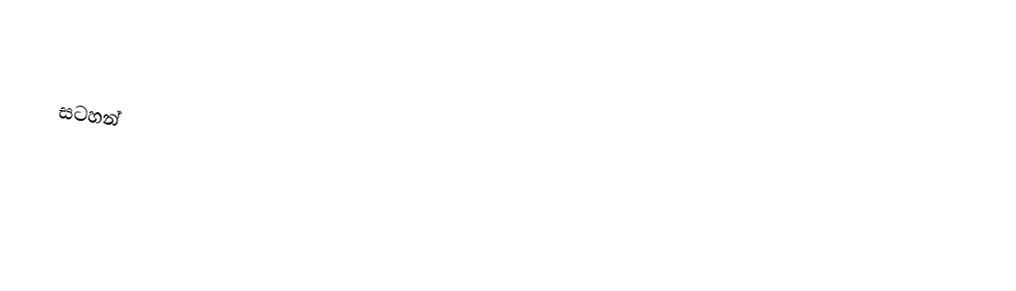

සටහන්